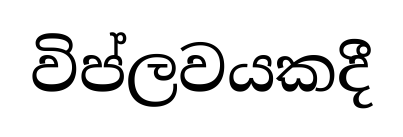
විප්ලවයකදී